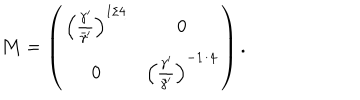
{ \bf M } = \left( \begin{array} { c c } { { \left( { \frac { \gamma ^ { \prime } } { \bar { \gamma } ^ { \prime } } } \right) ^ { 1 / 4 } } } & { { 0 } } \\ { { 0 } } & { { \left( { \frac { \gamma ^ { \prime } } { \bar { \gamma } ^ { \prime } } } \right) ^ { - 1 / 4 } } } \\ \end{array} \right) .